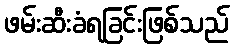
ဖမ်းဆီးခံရခြင်းဖြစ်သည်